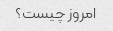
امروز چیست؟